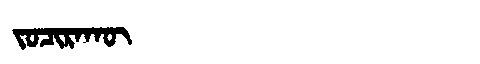
Manchu: ᠵᠣᠴᡳᡵᠠᡴᡡ
Romanization: JOCIRAKŪ